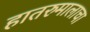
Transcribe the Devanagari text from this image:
हातरुमालाचा